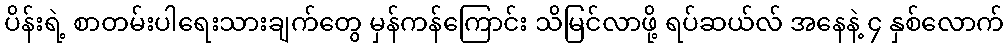
ပိန်းရဲ့ စာတမ်းပါရေးသားချက်တွေ မှန်ကန်ကြောင်း သိမြင်လာဖို့ ရပ်ဆယ်လ် အနေနဲ့ ၄ နှစ်လောက်